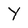
Character: Y